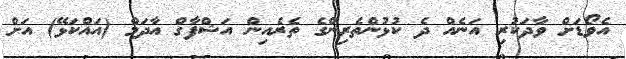
އެވޯޑަށް ވާދަކުރި އަނެއް ދެ ކުޅުންތެރިންގެ ތެރެއިން އަޝްފާގް އާދަމް (އައްކަޅޭ) އަށް